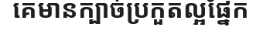
គេមានក្បាច់ប្រកួតល្អផ្នែក